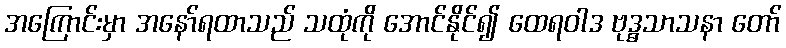
အကြောင်းမှာ အနော်ရထာသည် သထုံကို အောင်နိုင်၍ ထေရဝါဒ ဗုဒ္ဓသာသနာ တော်